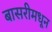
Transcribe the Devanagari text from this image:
बासरीमधून